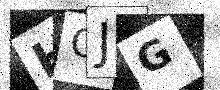
Text: HCJG